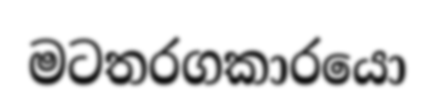
මටතරගකාරයො